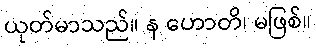
ယုတ်မာသည်။ န ဟောတိ၊ မဖြစ်။